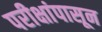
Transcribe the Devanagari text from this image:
परीक्षांपासून